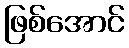
ဖြစ်အောင်